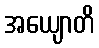
အယျောတိ